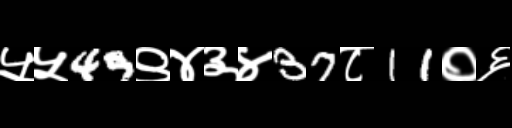
Text: ५५49९४३४37८11०६